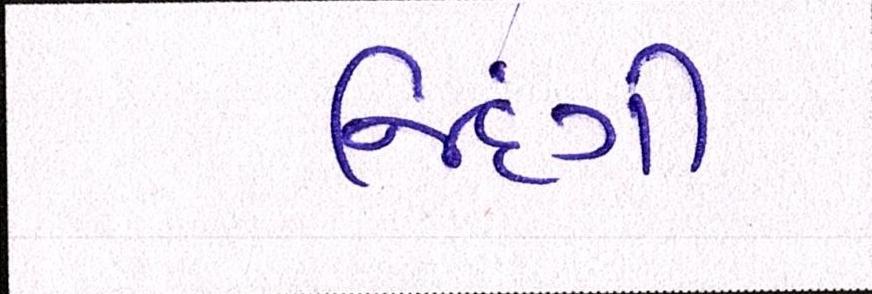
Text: જિંદગી